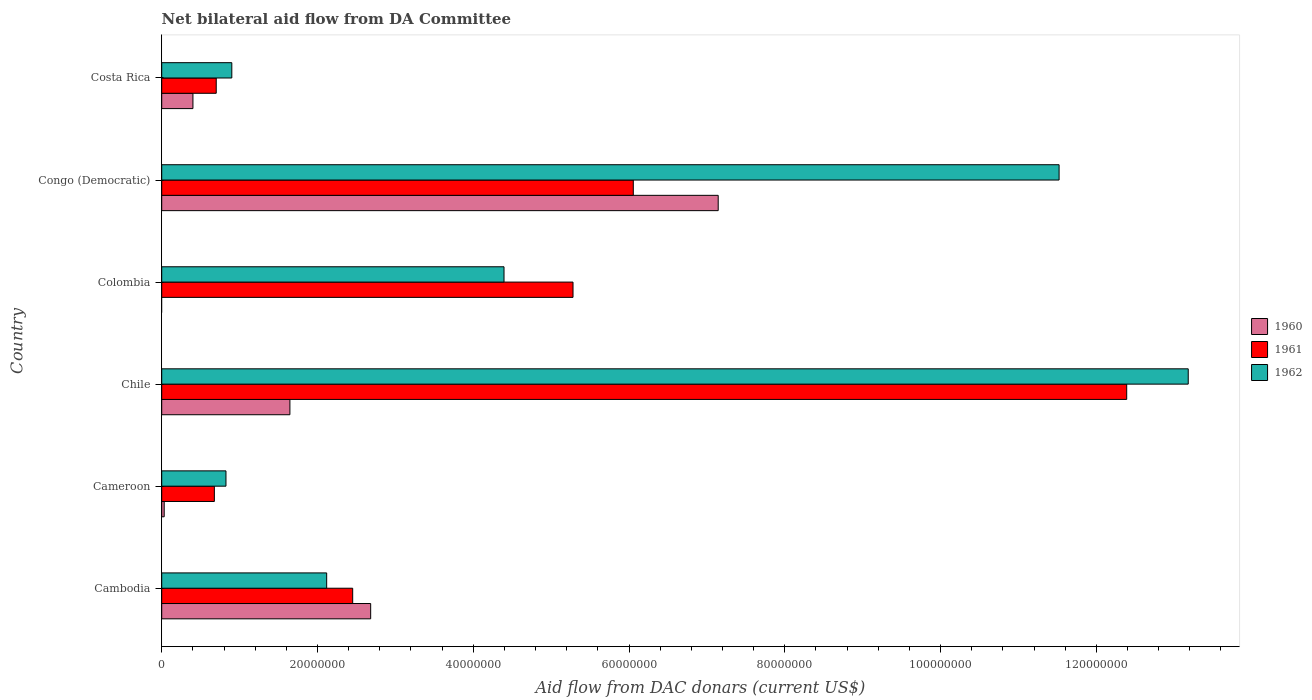
| Country | 1960 | 1961 | 1962 |
 | --- | --- | --- | --- |
 | Cambodia | 2.68e+07 | 2.45e+07 | 2.12e+07 |
 | Cameroon | 3.2e+05 | 6.76e+06 | 8.25e+06 |
 | Chile | 1.65e+07 | 1.24e+08 | 1.32e+08 |
 | Colombia | -8.48e+06 | 5.28e+07 | 4.4e+07 |
 | Congo (Democratic) | 7.14e+07 | 6.06e+07 | 1.15e+08 |
 | Costa Rica | 4.01e+06 | 7e+06 | 9e+06 |